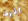
اثرت